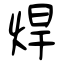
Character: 焊